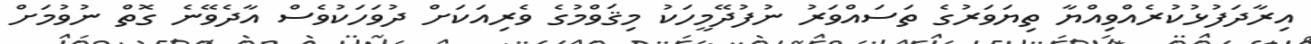
އިރާދަފުޅުކުރެއްވިއްޔާ ތިޔަވަރުގެ ތަސައްވަރު ނުފުދޭމީހަކު މިޤަވްމުގެ ވެރިއަކަށް ދުވަހަކުވެސް އާދެވޭނެ ގޮތް ނުވުމަށް